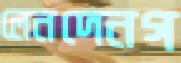
লেনদেনগ